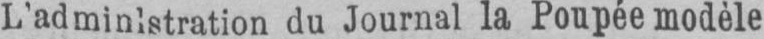
L’administration du Journal la Poupée modèle